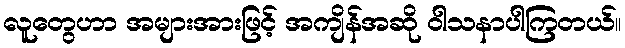
လူတွေဟာ အများအားဖြင့် အကျိန်အဆို ဝါသနာပါကြတယ်။